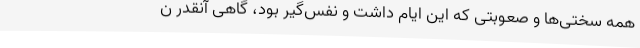
همه سختی‌ها و صعوبتی که این ایام داشت و نفس‌گیر بود، گاهی آنقدر ن